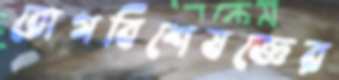
রোগবিশেষজ্ঞের